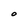
Character: O